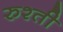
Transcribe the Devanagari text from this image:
रुश्ती